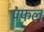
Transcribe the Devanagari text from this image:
पफल